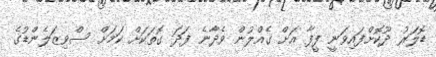
ޑޮލަރު ދޫކޮށްފައިވަނީ ފީފާ އަށް ގެއްލުން ވެދާނެ ފަދަ ގޮތަކަށް ކަމަށް ސްވިޒަލެންޑުގެ